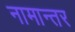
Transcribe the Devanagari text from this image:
नामान्तर